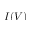
I ( V )